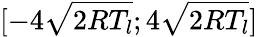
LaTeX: [-4\sqrt{2RT_{l}};4\sqrt{2RT_{l}}]